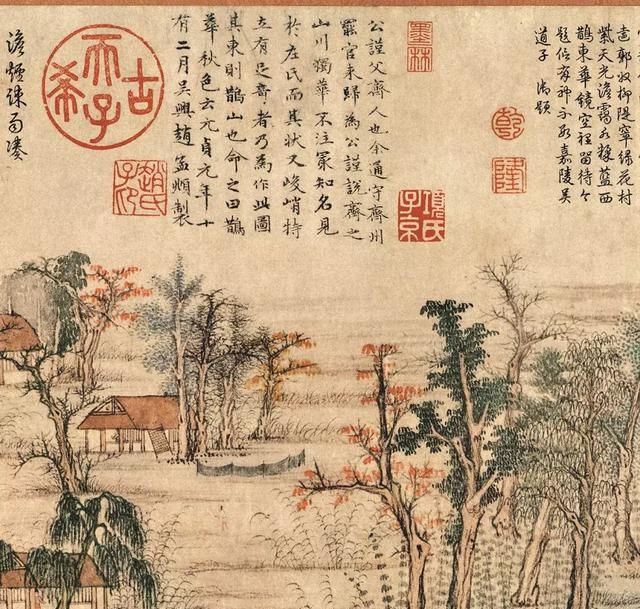
及兹春未深，数亩犹足佃。